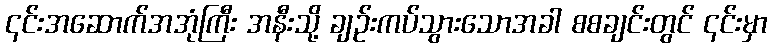
၎င်းအဆောက်အအုံကြီး အနီးသို့ ချဉ်းကပ်သွားသောအခါ စစချင်းတွင် ၎င်းမှာ